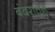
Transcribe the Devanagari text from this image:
बंदरातुन